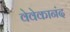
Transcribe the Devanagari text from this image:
वेवेकानंद